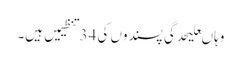
وہاںعلیحدگی پسندوں کی 34تنظیمیں ہیں۔